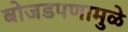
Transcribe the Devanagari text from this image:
बोजडपणामुळे